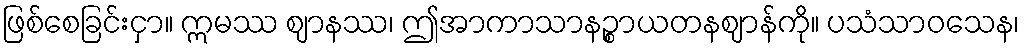
ဖြစ်စေခြင်းငှာ။ ဣမဿ ဈာနဿ၊ ဤအာကာသာနဉ္စာယတနဈာန်ကို။ ပသံသာဝသေန၊